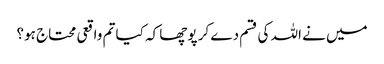
میں نے اللہ کی قسم دے کر پوچھا کہ کیا تم واقعی محتاج ہو؟